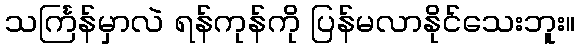
သင်္ကြန်မှာလဲ ရန်ကုန်ကို ပြန်မလာနိုင်သေးဘူး။